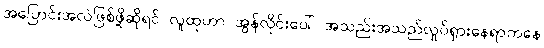
အပြောင်းအလဲဖြစ်ဖို့ဆိုရင် လူထုဟာ အွန်လိုင်းပေါ် အသည်းအသည်လှုပ်ရှားနေရာကနေ